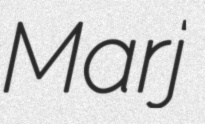
Marj